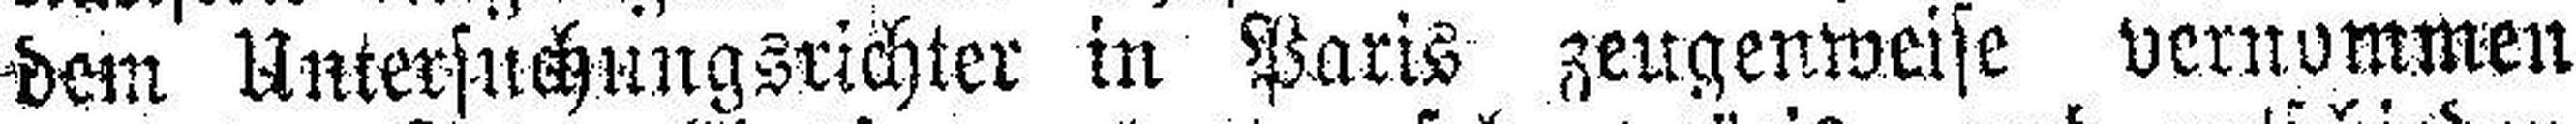
dem Untersuchungsrichter in Paris zeugenweise vernommen